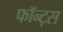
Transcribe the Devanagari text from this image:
फॉन्‍ट्स